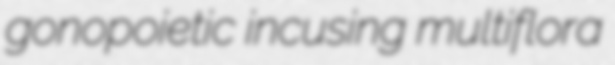
gonopoietic incusing multiflora